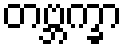
တဗ္ဘက္ခာ